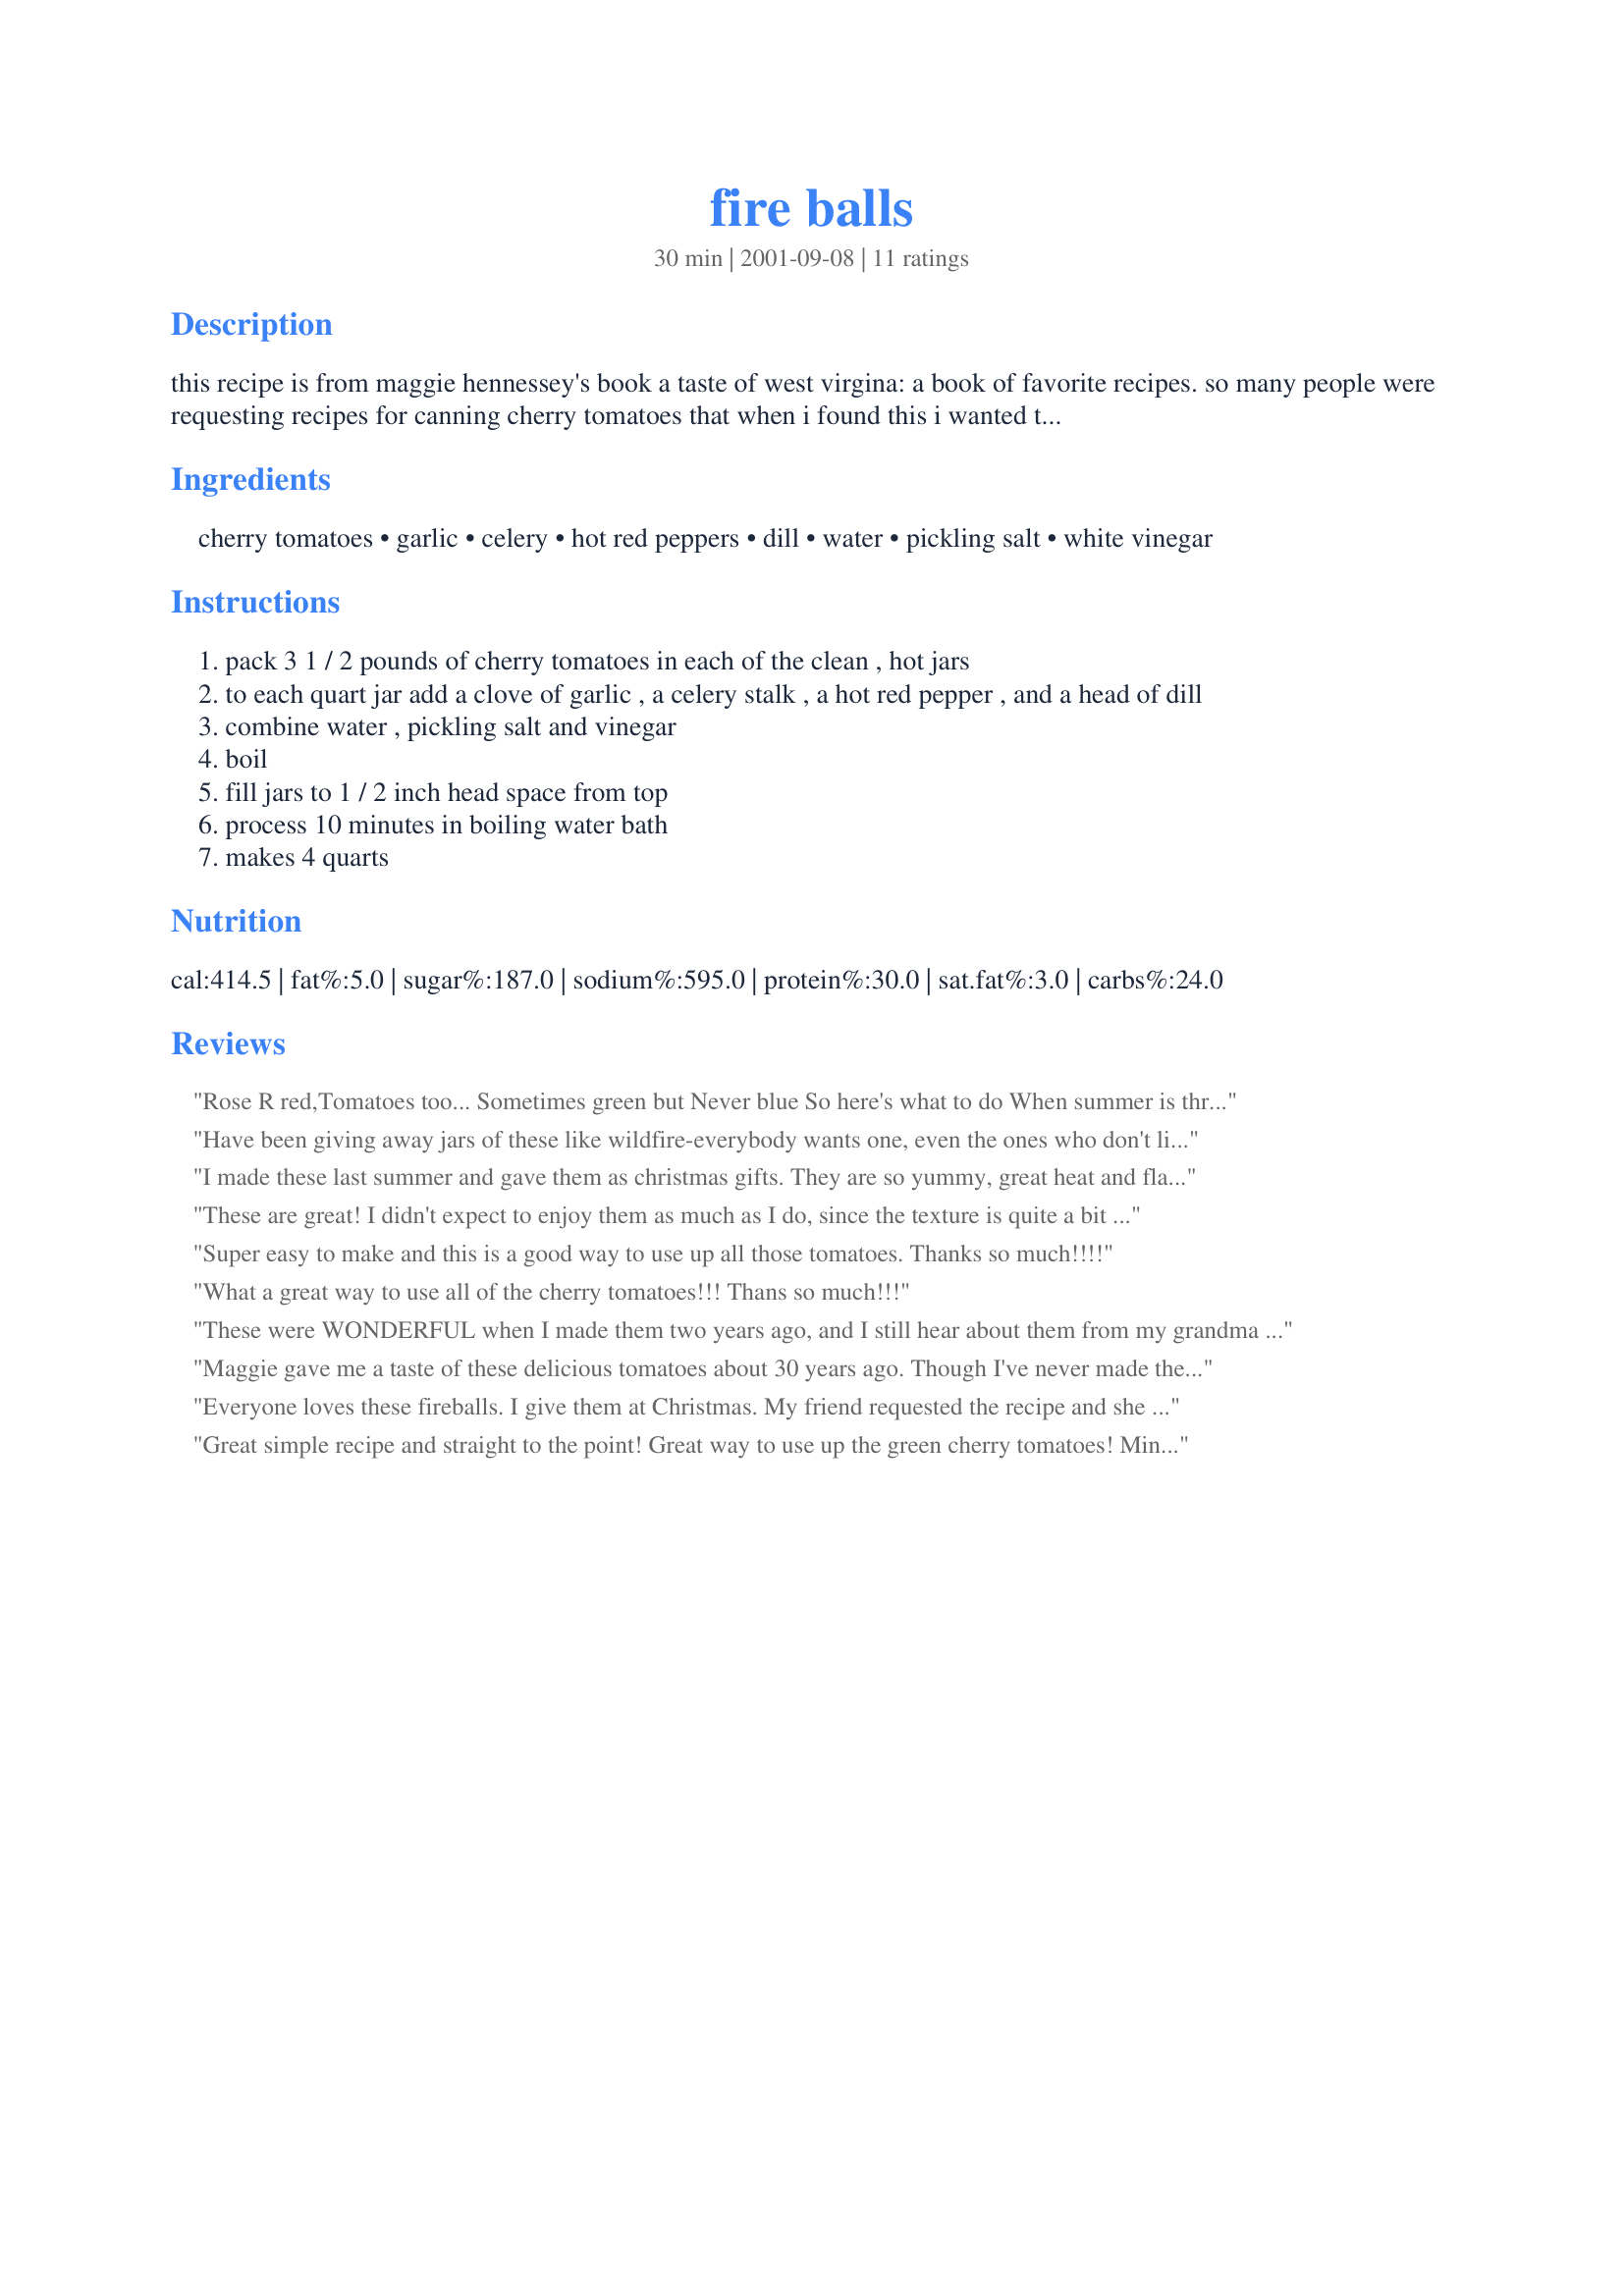
fire balls
Preparation time: 30 minutes

this recipe is from maggie hennessey's book a taste of west virgina: a book of favorite recipes. so many people were requesting recipes for canning cherry tomatoes that when i found this i wanted to share it. let me know how it comes out-i think it looks very tasty.

Ingredients:
cherry tomatoes, garlic, celery, hot red peppers, dill, water, pickling salt, white vinegar

Steps:
pack 3 1 / 2 pounds of cherry tomatoes in each of the clean , hot jars
to each quart jar add a clove of garlic , a celery stalk , a hot red pepper , and a head of dill
combine water , pickling salt and vinegar
boil
fill jars to 1 / 2 inch head space from top
process 10 minutes in boiling water bath
makes 4 quarts

Reviews:
Rose R red,Tomatoes too... Sometimes green but Never blue So here's what to do When summer is through ;)
Have been giving away jars of these like wildfire-everybody wants one, even the ones who don't like tomatoes. Can't keep up production!!
I made these last summer and gave them as christmas gifts. They are so yummy, great heat and flavor, a big hit with everyone!
These are great! I didn't expect to enjoy them as much as I do, since the texture is quite a bit softer than most of my preferred pickles. However, when eaten as a side to fish, meat, or a cheese tray - rather than out of hand - they're wonderful. I'll be making these again next season. Thanks for the recipe!
Super easy to make and this is a good way to use up all those tomatoes. Thanks so much!!!!
What a great way to use all of the cherry tomatoes!!! Thans so much!!!
These were WONDERFUL when I made them two years ago, and I still hear about them from my grandma who is HOARDING her last jar!! She has threatened everyone with their lives if they touch them!! She just offered to trade me her famous fresh caught WA coast tuna for another batch of them from our garden!! Sounds like a great trade except now hubby is put out about where his FIREBALLS will be, lol!!!!!
Maggie gave me a taste of these delicious tomatoes about 30 years ago. Though I've never made them, I've often talked about how good they are! This year, I plan to make a small batch with green grape tomatoes. I'll keep you posted! Thank you so much for posting this recipe!!! Maggie is a wonderful lady!!!
Everyone loves these fireballs. I give them at Christmas. My friend requested the recipe and she sells them at the Saturday Market.
Great simple recipe and straight to the point! Great way to use up the green cherry tomatoes! Mine look just like the picture that's posted. I'll update my review and post pictures when we pop a jar. Thanks for sharing! :)
The Fire Balls are wonderful. What a great way to use up those green tomatoes at the end of the season.I will definately be making more of them next year & the recipe is being passed on to my friends who think they are wonderful too.GOOD JOB.
